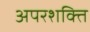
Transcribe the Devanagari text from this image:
अपरशक्ति